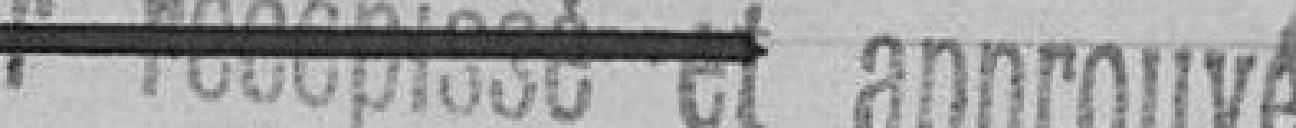
pour récépissé et approuvé